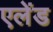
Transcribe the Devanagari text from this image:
एलेंड